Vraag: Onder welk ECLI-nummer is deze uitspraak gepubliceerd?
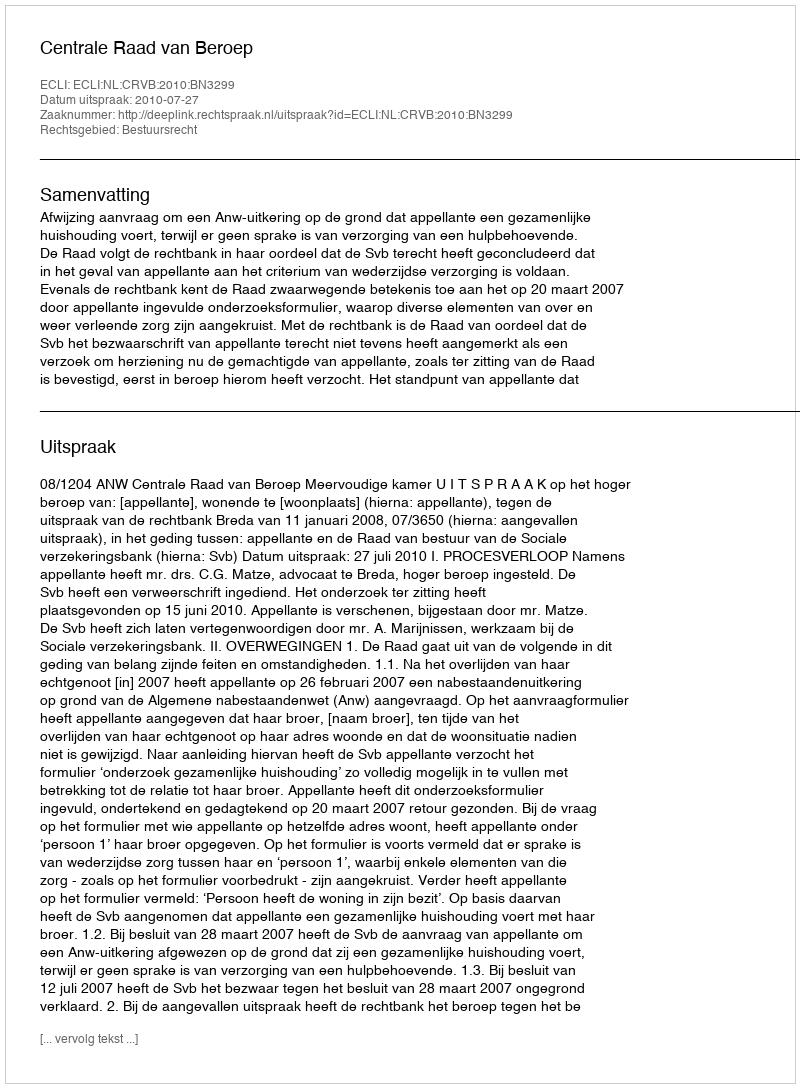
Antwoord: ECLI:NL:CRVB:2010:BN3299